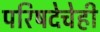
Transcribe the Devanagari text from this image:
परिषदेचेही